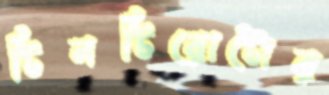
টিনটিরোটোর